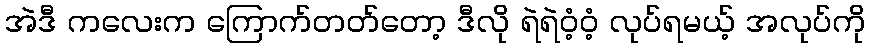
အဲဒီ ကလေးက ကြောက်တတ်တော့ ဒီလို ရဲရဲဝံ့ဝံ့ လုပ်ရမယ့် အလုပ်ကို